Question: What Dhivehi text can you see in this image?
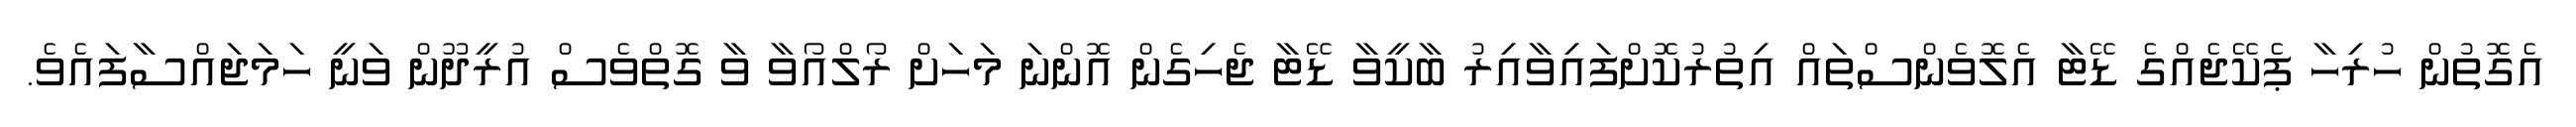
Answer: އެގޮތުން ހުރިހާ ޕެކޭޖެއްގެ ޑޭޓާ އެލޮވެންސްތައް އިތުރުކޮށްފައިވާއިރު ބާކީވާ ޑޭޓާ ޖެހިގެން އޮންނަ މަހަށް ރޯލްއޯވާ ވާ ގޮތްވެސް އުރީދޫން ވަނީ ހަމަޖައްސާފައެވެ.